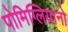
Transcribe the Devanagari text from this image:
पोमिग्लियानो